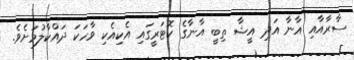
ސާރާއާއި އާނާ އަދި އީޝާ ތިބީ އާނާގެ ކޮޓަރީގައި އެކިއެކި ވާހަކަ ދައްކާލުމަށެވެ.